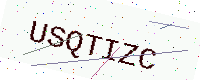
Text: USQTIZC